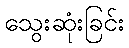
သွေးဆုံးခြင်း